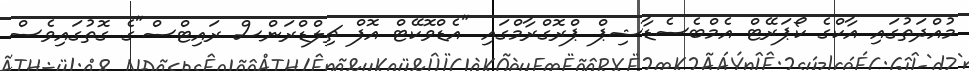
މުއްދަތުގައި އާކްގެ ކޯޕަރޭޓް އެމްބެސެޑާޝިޕް ޕްރޮގްރާމްގައި "އެޑްވޮކޭޓް އޮފް ޗިލްޑްރަންސް ރައިޓްސް"ގެ ގޮތުގައިވެސް